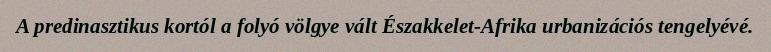
A predinasztikus kortól a folyó völgye vált Északkelet-Afrika urbanizációs tengelyévé.